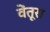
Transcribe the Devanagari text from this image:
वेंतूरा